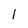
Character: l